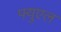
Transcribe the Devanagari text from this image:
फ्युएल